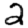
Digit: 2